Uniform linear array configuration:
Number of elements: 64
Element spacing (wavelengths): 0.25
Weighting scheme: cosine
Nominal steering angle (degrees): -45
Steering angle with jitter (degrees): -46.342
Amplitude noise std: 0.05
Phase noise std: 0.05

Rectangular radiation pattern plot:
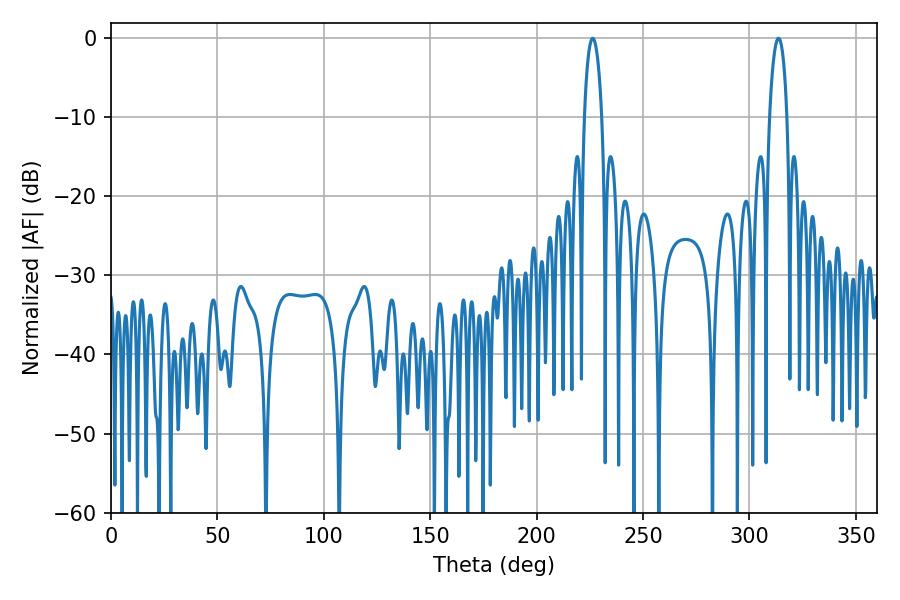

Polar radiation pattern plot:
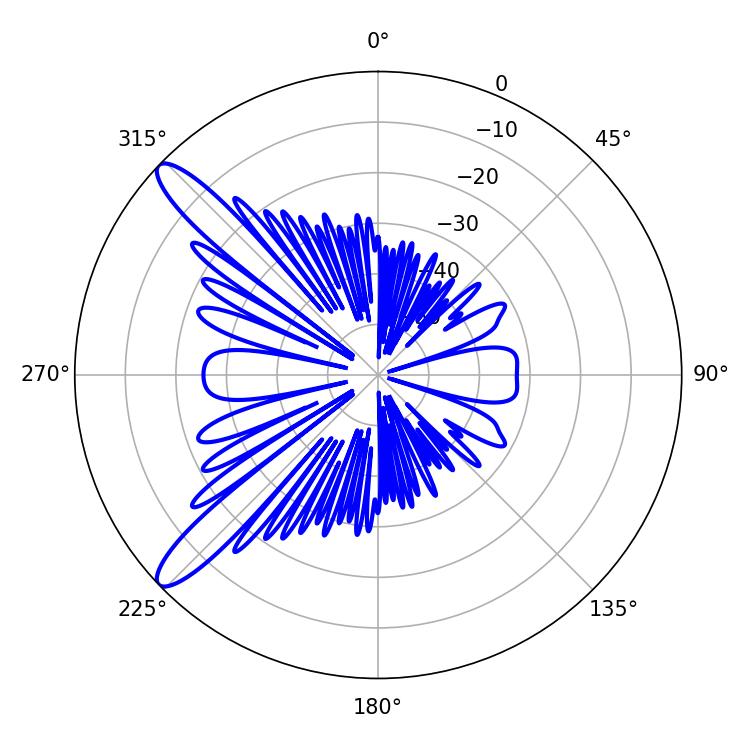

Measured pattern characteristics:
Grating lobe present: FALSE
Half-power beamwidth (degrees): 4.68
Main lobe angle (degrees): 226.26